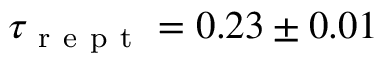
\tau _ { \mathrm { ~ r ~ e ~ p ~ t ~ } } = 0 . 2 3 \pm 0 . 0 1